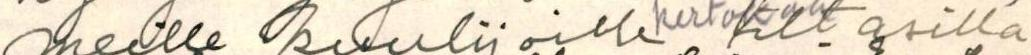
meille kuulijoille kertovan iltasilla